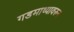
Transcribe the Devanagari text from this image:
गडमाथ्यावरुन